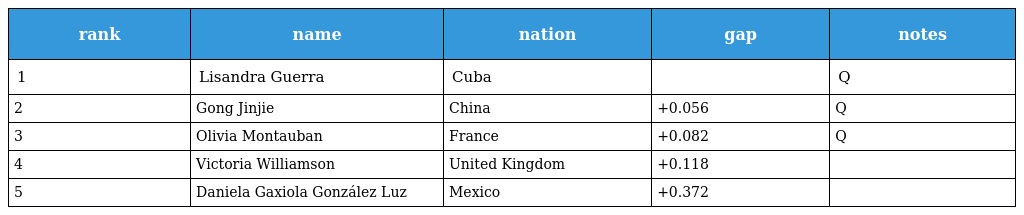
| rank | name | nation | gap | notes |
 | --- | --- | --- | --- | --- |
 | 1 | Lisandra Guerra | Cuba |  | Q |
 | 2 | Gong Jinjie | China | +0.056 | Q |
 | 3 | Olivia Montauban | France | +0.082 | Q |
 | 4 | Victoria Williamson | United Kingdom | +0.118 |  |
 | 5 | Daniela Gaxiola González Luz | Mexico | +0.372 |  |